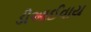
ડીઆઈવાય